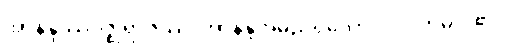
အာနန္ဒဿဂိဇ္ဈရာဇဿ၊ အာနန္ဒအမည်ရှိသော လင်းတမင်း၏။